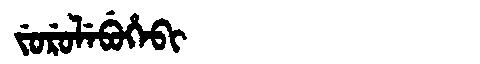
Manchu: ᠵᡠᡵᡠᠯᡝᠪᡠᡥᡝᠪᡳ
Romanization: JURULEBUHEBI